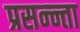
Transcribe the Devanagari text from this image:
प्रसन्न्ता